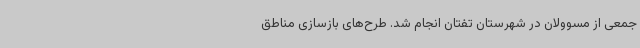
جمعی از مسوولان در شهرستان تفتان انجام شد. طرح‌های بازسازی مناطق